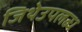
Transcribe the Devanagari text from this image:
जिथेउपलब्ध